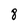
Character: 8